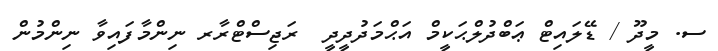
ސ. މީދޫ / ޑޭލައިޓް ޢަބްދުލްޙަކީމް އަޙްމަދުދީދީ  ރަޖިސްޓްރާރ ނިންމާފައިވާ ނިންމުން